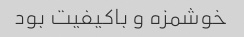
خوشمزه و باکیفیت بود